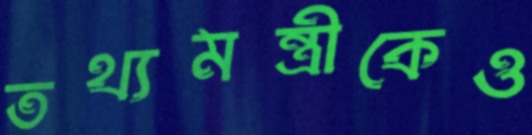
তথ্যমন্ত্রীকেও